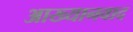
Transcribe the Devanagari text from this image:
आख्यानवाद